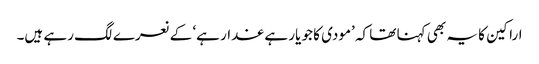
اراکین کا یہ بھی کہنا تھا کہ ’مودی کا جو یار ہے غدار ہے‘ کے نعرے لگ رہے ہیں۔